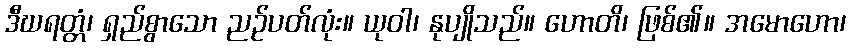
ဒီဃရတ္တံ၊ ရှည်စွာသော ညဉ်ပတ်လုံး။ ယုဝါ၊ နုပျိုသည်။ ဟောတိ၊ ဖြစ်၏။ အမောဟော၊